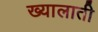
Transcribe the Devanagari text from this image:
ख्यालाती